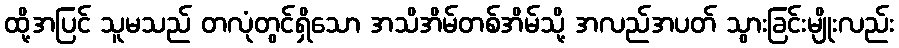
ထို့အပြင် သူမသည် တလုံတွင်ရှိသော အသိအိမ်တစ်အိမ်သို့ အလည်အပတ် သွားခြင်းမျိုးလည်း